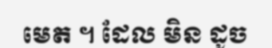
មេត ។ ដែល មិន ដូច